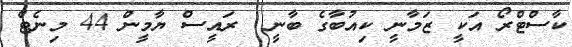
ކާސްޓްރޯ އަކީ ޒަމާނީ ކިއުބާގެ ބާނީ  ރައީސް ޔާމީން 44 މިނެޓް